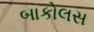
બાકોલસ